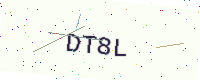
Text: DT8L